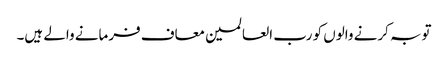
توبہ کرنے والوں کو رب العالمین معاف فرمانے والے ہیں۔